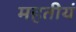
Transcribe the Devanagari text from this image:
महतीयं